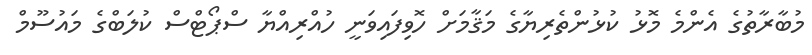
މުބާރާތުގެ އެންމެ މޮޅު ކުޅުންތެރިޔާގެ މަޤާމަށް ހޮވިފައިވަނީ ހުއްރިއްޔާ ސްޕޯޓްސް ކުލަބްގެ މައުސޫމް